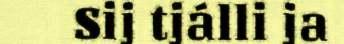
Sij tjálli ja